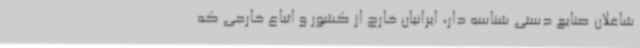
شاغلان صنایع دستی شناسه دار، ایرانیان خارج از کشور و اتباع خارجی که